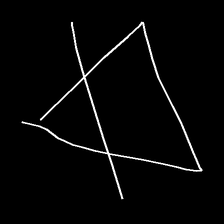
Glyph: empower